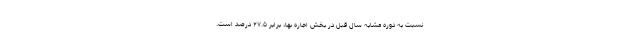
نسبت به دوره مشابه سال قبل در بخش اجاره بها، برابر ٢٧.٥ درصد است.